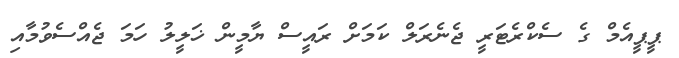
ޕީޕީއެމް ގެ ސެކްރެޓަރީ ޖެނެރަލް ކަމަށް ރައީސް ޔާމީން ޚަލީލު ހަމަ ޖެއްސެވުމާއި